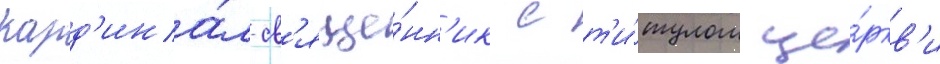
Кард'ина́л-св'яще́нн'ик с т'и́тулом це́ркв'и